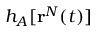
h _ { A } [ \mathbf { r } ^ { N } ( t ) ]